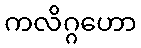
ကလိဂ္ဂဟော